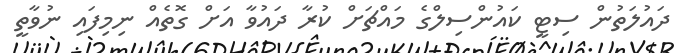
ދައުލަތުން ސިޓީ ކައުންސިލްގެ މައްޗަށް ކުރާ ދައުވާ އަށް ގޮތެއް ނިމިފައި ނުވާތީ